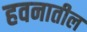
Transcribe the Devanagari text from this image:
हवनातील